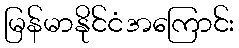
မြန်မာနိုင်ငံအကြောင်း